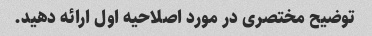
توضیح مختصری در مورد اصلاحیه اول ارائه دهید.